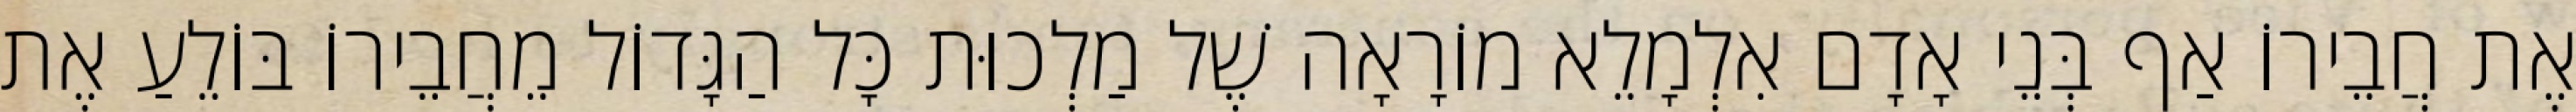
אֶת חֲבֵירוֹ אַף בְּנֵי אָדָם אִלְמָלֵא מוֹרָאָה שֶׁל מַלְכוּת כָּל הַגָּדוֹל מֵחֲבֵירוֹ בּוֹלֵעַ אֶת